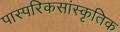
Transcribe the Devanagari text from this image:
पास्परिकसांस्कृतिक